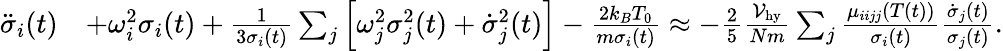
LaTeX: \begin{array}{rl}{\ddot{\sigma}_{i}(t)}&{+\omega_{i}^{2}\sigma_{i}(t)+\frac{1}{3\sigma_{i}(t)}\sum_{j}\left[\omega_{j}^{2}\sigma_{j}^{2}(t)+\dot{\sigma}_{j}^{2}(t)\right]-\frac{2k_{B}T_{0}}{m\sigma_{i}(t)}\approx-\frac{2}{5}\frac{{\cal V}_{\mathrm{hy}}}{Nm}\sum_{j}\frac{\mu_{iijj}(T(t))}{\sigma_{i}(t)}\frac{\dot{\sigma}_{j}(t)}{\sigma_{j}(t)}.}\end{array}